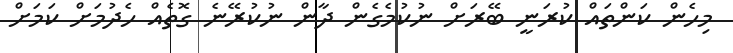
މިހެން ކަންތައް ކުރަނީ ބޭރަށް ނުކުމެގެން ދާން ނުކުރޭނެ ގޮތެއް ހެދުމަށް ކަމަށް